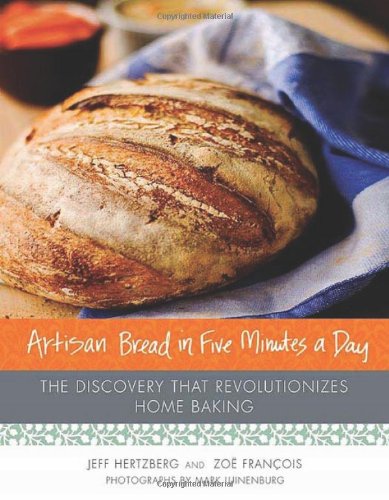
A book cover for Artisan Bread in Five Minutes a Day: The Discovery That Revolutionizes Home Baking; Jeff Hertzberg; Cookbooks, Food & Wine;